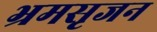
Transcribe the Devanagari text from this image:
भ्रमसृजन